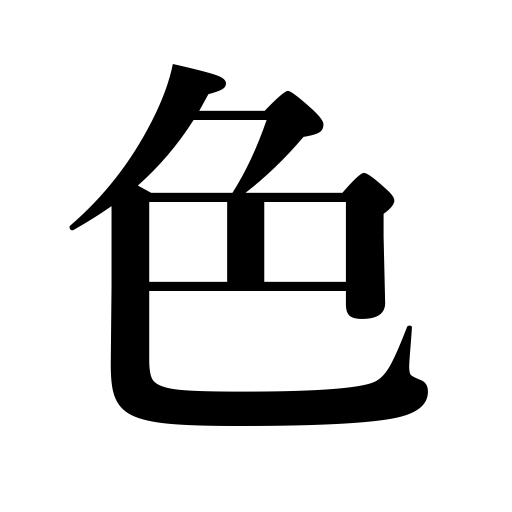
Meanings: kind,tint,sweetheart,tinge,sensual pleasure,complexion,slight concession,look,countenance,color,fall colors,embellishment,charms